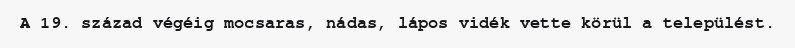
A 19. század végéig mocsaras, nádas, lápos vidék vette körül a települést.